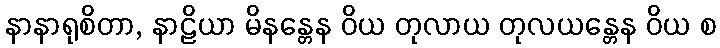
နာနာရုစိတာ, နာဠိယာ မိနန္တေန ဝိယ တုလာယ တုလယန္တေန ဝိယ စ